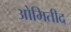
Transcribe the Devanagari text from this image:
ओमितीद